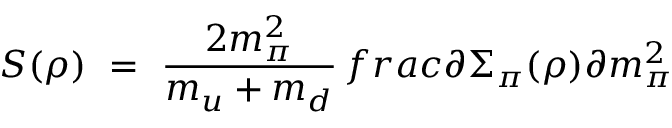
S ( \rho ) \ = \ \frac { 2 m _ { \pi } ^ { 2 } } { m _ { u } + m _ { d } } \, f r a c { \partial \Sigma _ { \pi } ( \rho ) } { \partial m _ { \pi } ^ { 2 } }